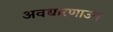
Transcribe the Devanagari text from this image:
अवधारणाउन